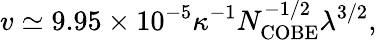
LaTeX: v\simeq 9.95\times 10^{-5}\kappa^{-1}N_{\mathrm{COBE}}^{-1/2}\lambda^{3/2},